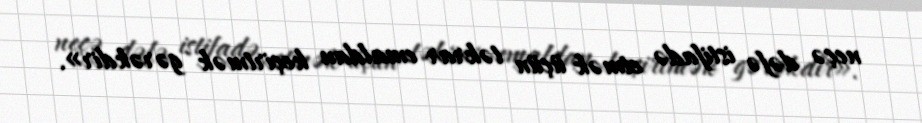
neçə dəfə istifadə etmək üçün təkrar emaldan keçirtmək gərəkdir».